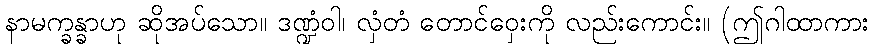
နာမက္ခန္ခာဟု ဆိုအပ်သော။ ဒဏ္ဍံဝါ၊ လှံတံ တောင်ဝှေးကို လည်းကောင်း။ (ဤဂါထာကား